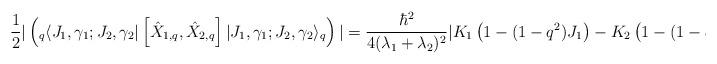
LaTeX: \begin{align*} \frac{1}{2}\vert \left({}_q\langle J_1,\gamma_1; J_2,\gamma_2\vert \left[\hat X_{1,q},\hat X_{2,q}\right] \vert J_1,\gamma_1; J_2,\gamma_2\rangle_q\right)\vert = \frac{\hbar^2}{4(\lambda_1 +\lambda_2)^2}\vert K_1\left(1-(1-q^2)J_1\right)- K_2\left(1 -(1-q^2)J_2\right)\vert; \end{align*}